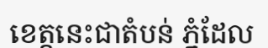
ខេត្តនេះជាតំបន់ ភ្នំដែល